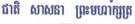
ជាតិ សាសនា ព្រះមហាក្សត្រ